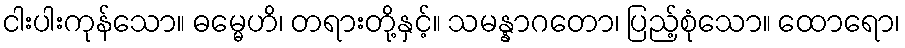
ငါးပါးကုန်သော။ ဓမ္မေဟိ၊ တရားတို့နှင့်။ သမန္နာဂတော၊ ပြည့်စုံသော။ ထောရော၊